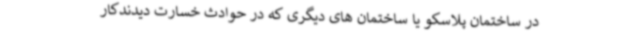
در ساختمان پلاسکو یا ساختمان های دیگری که در حوادث خسارت دیدندکار